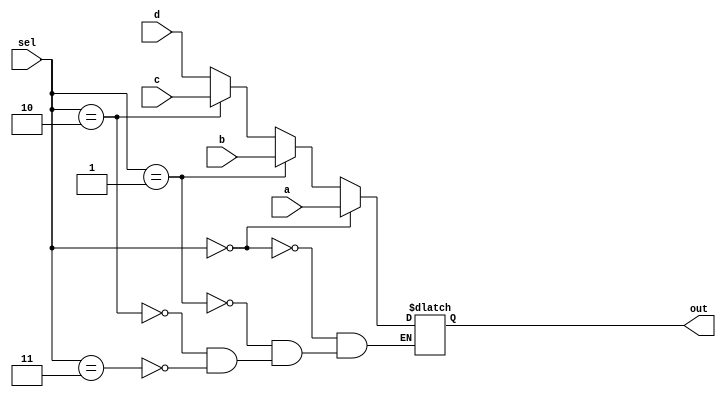
`timescale 1ns / 1ps
//////////////////////////////////////////////////////////////////////////////////
// Company: 
// Engineer: 
// 
// Design Name: 
// Module Name:    mux324 
// Project Name: 
// Target Devices: 
// Tool versions: 
// Description: 
//
// Dependencies: 
//
// Revision: 
// Revision 0.01 - File Created
// Additional Comments: 
//
//////////////////////////////////////////////////////////////////////////////////
module mux324(a,b,c,d,sel,out);
	input[31:0] a,b,c,d;
	input [1:0] sel;
	output [31:0] out;
	
	reg [31:0] ans;
	assign out=ans;
	
	always@(*) begin
		if(sel==0) ans<=a;
		else if(sel==1) ans<=b;
		else if(sel==2) ans<=c;
		else if(sel==3) ans<=d;
	end


endmodule